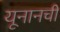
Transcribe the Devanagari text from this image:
यूनानची